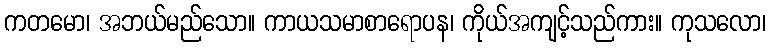
ကတမော၊ အဘယ်မည်သော။ ကာယသမာစာရောပန၊ ကိုယ်အကျင့်သည်ကား။ ကုသလော၊